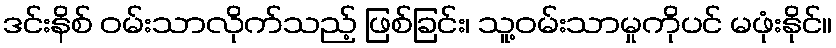
ဒင်းနိစ် ဝမ်းသာလိုက်သည့် ဖြစ်ခြင်း၊ သူ့ဝမ်းသာမှုကိုပင် မဖုံးနိုင်။